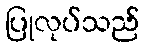
ပြုလုပ်သည်